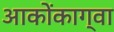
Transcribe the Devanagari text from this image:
आकोंकाग्वा